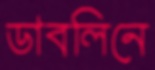
ডাবলিনে